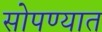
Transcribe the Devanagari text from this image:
सोपण्यात